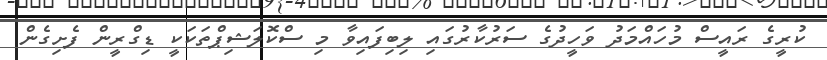
ކުރީގެ ރައީސް މުހައްމަދު ވަހީދުގެ ސަރުކާރުގައި ލިބިފައިވާ މި ސްކޮލަޝިޕްތަކަކީ ޑިގްރީން ފެށިގެން